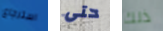
استرجاع حتى ذلك